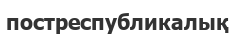
постреспубликалық